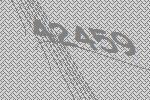
42459